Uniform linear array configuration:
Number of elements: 4
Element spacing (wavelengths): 0.75
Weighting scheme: hamming
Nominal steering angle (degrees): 15
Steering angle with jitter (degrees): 14.097
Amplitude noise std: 0.05
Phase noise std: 0.05

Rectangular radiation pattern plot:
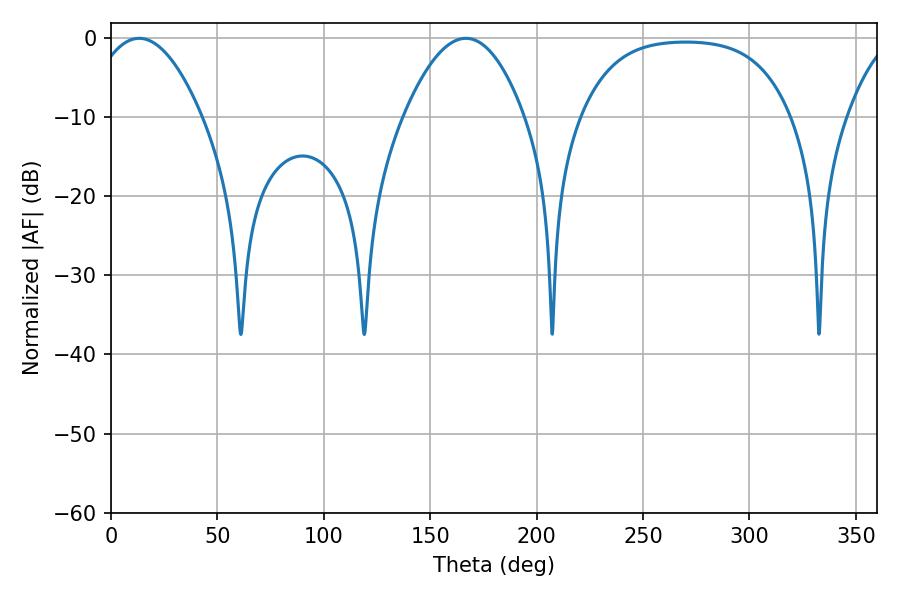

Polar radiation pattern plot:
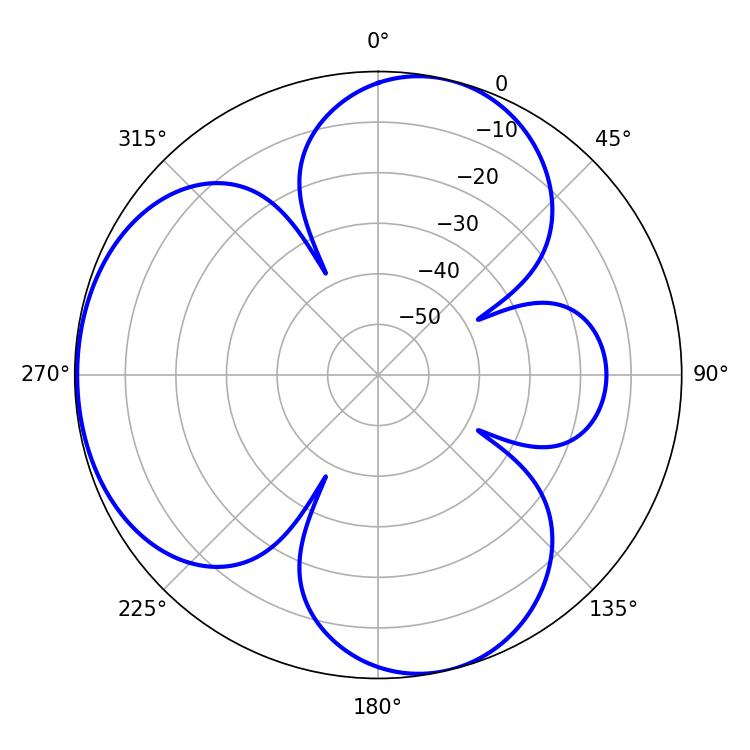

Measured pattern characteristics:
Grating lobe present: TRUE
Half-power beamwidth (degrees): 29.16
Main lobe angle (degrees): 13.32